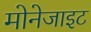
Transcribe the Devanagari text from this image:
मोनेजाइट